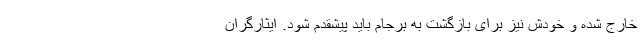
خارج شده و خودش نیز برای بازگشت به برجام باید پیشقدم شود. ایثارگران